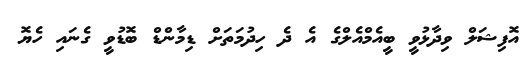
އޮފިޝަލް ވިދާޅުވީ ބީއެމްއެލްގެ އެ ދެ ހިދުމަތަށް ޑިމާންޑް ބޮޑުވީ ގެނައި ހެޔޮ